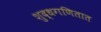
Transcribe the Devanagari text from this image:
शुद्धगणितात